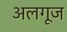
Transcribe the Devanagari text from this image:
अलगूज